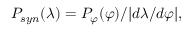
P _ { s y n } ( \lambda ) = P _ { \varphi } ( \varphi ) / | d \lambda / d \varphi | ,